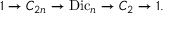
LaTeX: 1 \to C _ { 2 n } \to { \mathrm { D i c } } _ { n } \to C _ { 2 } \to 1 .